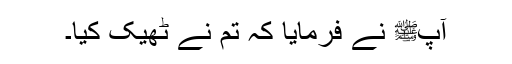
آپﷺ نے فرمایا کہ تم نے ٹھیک کیا۔